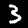
Label: 3